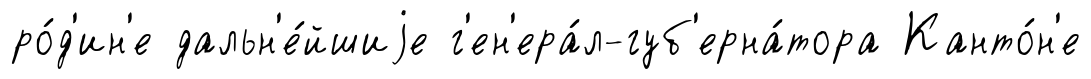
ро́д'ин'е дальн'е́йшиjе г'ен'ера́л-губ'ерна́тора Канто́н'е